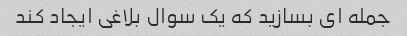
جمله ای بسازید که یک سوال بلاغی ایجاد کند